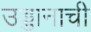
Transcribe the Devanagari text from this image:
उड्डानाची